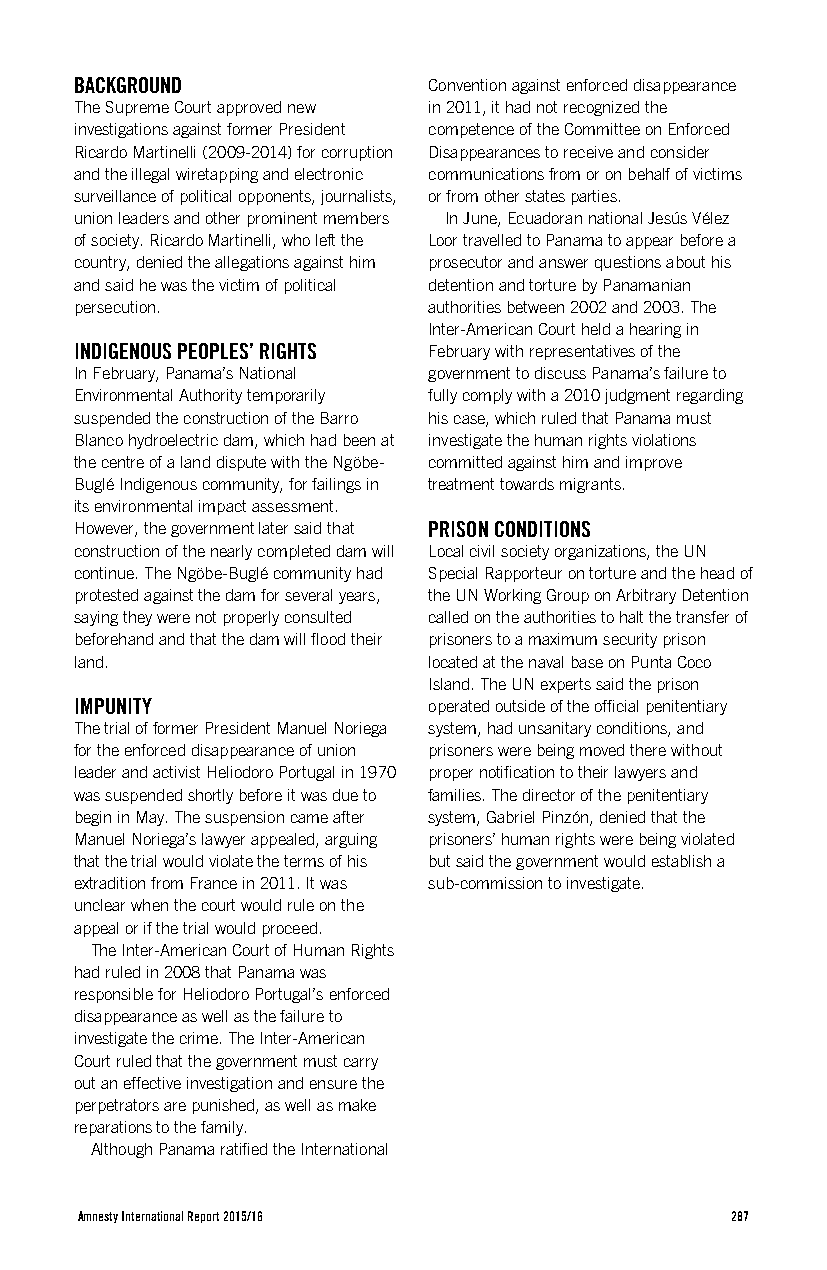
BACKGROUND             Convention against enforced disappearance
 The Supreme Court approved new in 2011, it had not recognized the
 investigations against former President competence of the Committee on Enforced
 Ricardo Martinelli (2009-2014) for corruption Disappearances to receive and consider
 and the illegal wiretapping and electronic communications from or on behalf of victims
 surveillance of political opponents, journalists, or from other states parties.
 union leaders and other prominent members In June, Ecuadoran national Jesús Vélez
 of society. Ricardo Martinelli, who left the Loor travelled to Panama to appear before a
 country, denied the allegations against him prosecutor and answer questions about his
 and said he was the victim of political detention and torture by Panamanian
 persecution.           authorities between 2002 and 2003. The
 Inter-American Court held a hearing in
 INDIGENOUS PEOPLES’ RIGHTS February with representatives of the
 In February, Panama’s National government to discuss Panama’s failure to
 Environmental Authority temporarily fully comply with a 2010 judgment regarding
 suspended the construction of the Barro his case, which ruled that Panama must
 Blanco hydroelectric dam, which had been at investigate the human rights violations
 the centre of a land dispute with the Ngöbe- committed against him and improve
 Buglé Indigenous community, for failings in treatment towards migrants.
 its environmental impact assessment.
 However, the government later said that PRISON CONDITIONS
 construction of the nearly completed dam will Local civil society organizations, the UN
 continue. The Ngöbe-Buglé community had Special Rapporteur on torture and the head of
 protested against the dam for several years, the UN Working Group on Arbitrary Detention
 saying they were not properly consulted called on the authorities to halt the transfer of
 beforehand and that the dam will flood their prisoners to a maximum security prison
 land.                  located at the naval base on Punta Coco
 Island. The UN experts said the prison
 IMPUNITY               operated outside of the official penitentiary
 The trial of former President Manuel Noriega system, had unsanitary conditions, and
 for the enforced disappearance of union prisoners were being moved there without
 leader and activist Heliodoro Portugal in 1970 proper notification to their lawyers and
 was suspended shortly before it was due to families. The director of the penitentiary
 begin in May. The suspension came after system, Gabriel Pinzón, denied that the
 Manuel Noriega’s lawyer appealed, arguing prisoners’ human rights were being violated
 that the trial would violate the terms of his but said the government would establish a
 extradition from France in 2011. It was sub-commission to investigate.
 unclear when the court would rule on the
 appeal or if the trial would proceed.
 The Inter-American Court of Human Rights
 had ruled in 2008 that Panama was
 responsible for Heliodoro Portugal’s enforced
 disappearance as well as the failure to
 investigate the crime. The Inter-American
 Court ruled that the government must carry
 out an effective investigation and ensure the
 perpetrators are punished, as well as make
 reparations to the family.
 Although Panama ratified the International
 Amnesty International Report 2015/16       287